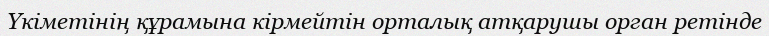
Үкіметінің құрамына кірмейтін орталық атқарушы орган ретінде